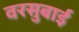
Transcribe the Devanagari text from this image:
वरसुबाई